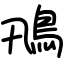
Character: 鳵